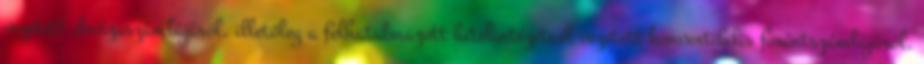
vezetett devizaszámlájáról, illetőleg a felhatalmazott hitelintézetnél vezetett konvertibilis forintszámlájáról.